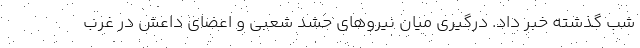
شب گذشته خبر داد. درگیری میان نیروهای حشد شعبی و اعضای داعش در غرب